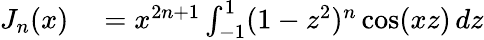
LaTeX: \begin{array}{rl}{J_{n}(x)}&{{}=x^{2n+1}\int_{-1}^{1}(1-z^{2})^{n}\cos(xz)\, dz}\end{array}